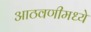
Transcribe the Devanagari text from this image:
आठवणीमध्ये